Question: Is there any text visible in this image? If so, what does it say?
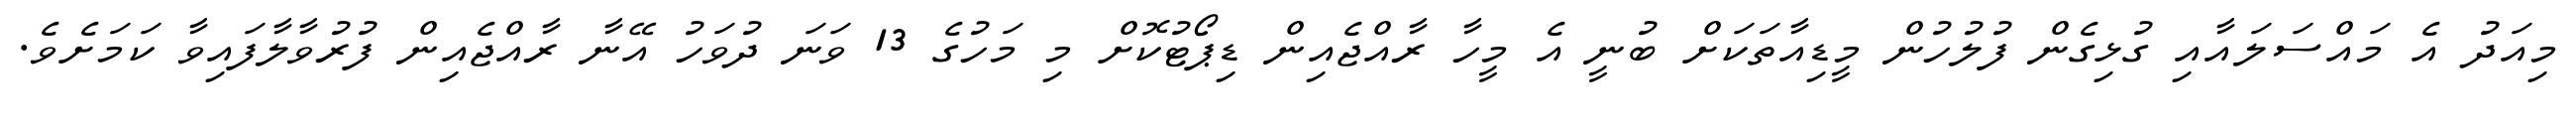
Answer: މިއަދު އެ މައްސަލައާއި ގުޅިގެން ފުލުހުން މީޑިއާތަކަށް ބުނީ އެ މީހާ ރާއްޖެއިން ޑިޕޯޓުކޮށް މި މަހުގެ 13 ވަނަ ދުވަހު އޭނާ ރާއްޖެއިން ފުރުވާލާފައިވާ ކަމަށެވެ.